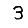
Digit: 3